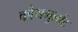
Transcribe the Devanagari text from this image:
कौयगुलांट